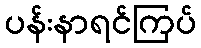
ပန်းနာရင်ကြပ်